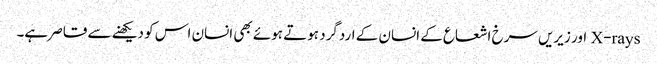
X-rays اور زیریں سرخ اشعاع کے انسان کے اردگرد ہوتے ہوئے بھی انسان اس کو دیکھنے سے قاصر ہے۔